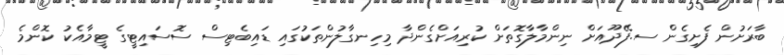
ބާރަށުން ފެށިގެން ސ.ފޭދޫއަށް ނިންމާލާގޮތަށް ކުރިއަށްގެންދާ މިހިނގާލުންތަކުގައި ޑައިބެޓިސް ސޮސައިޓީގެ ޓީމާއެކު ކޮންމެ